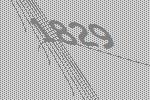
1829